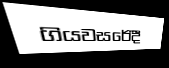
ගියවසරේදීී